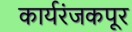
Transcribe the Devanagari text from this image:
कार्यरंजकपूर